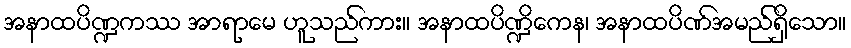
အနာထပိဏ္ဍကဿ အာရာမေ ဟူသည်ကား။ အနာထပိဏ္ဍိကေန၊ အနာထပိဏ်အမည်ရှိသော။